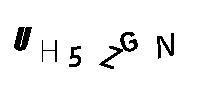
UH5ZGN